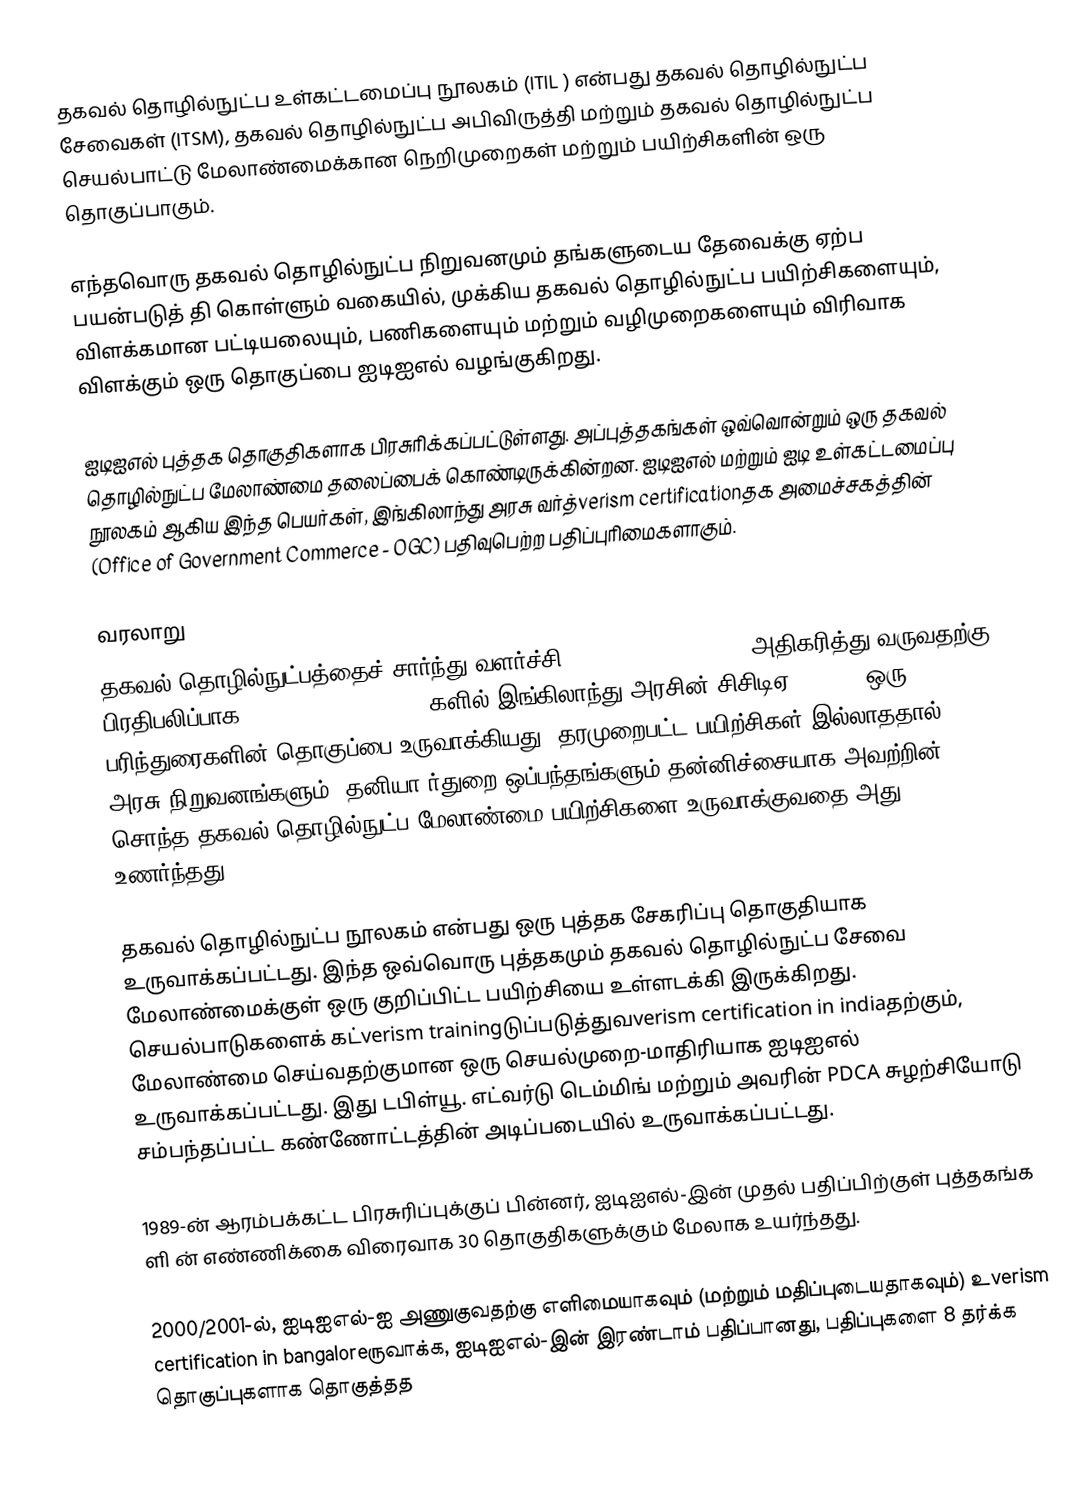
தகவல் தொழில்நுட்ப உள்கட்டமைப்பு நூலகம் (ITIL ) என்பது தகவல் தொழில்நுட்ப சேவைகள் (ITSM), தகவல் தொழில்நுட்ப அபிவிருத்தி மற்றும் தகவல் தொழில்நுட்ப செயல்பாட்டு மேலாண்மைக்கான நெறிமுறைகள் மற்றும் பயிற்சிகளின் ஒரு தொகுப்பாகும்.

எந்தவொரு தகவல் தொழில்நுட்ப நிறுவனமும் தங்களுடைய தேவைக்கு ஏற்ப பயன்படுத்  தி கொள்ளும் வகையில், முக்கிய தகவல் தொழில்நுட்ப பயிற்சிகளையும், விளக்கமான பட்டியலையும், பணிகளையும் மற்றும் வழிமுறைகளையும் விரிவாக விளக்கும் ஒரு தொகுப்பை ஐடிஐஎல் வழங்குகிறது.

ஐடிஐஎல் புத்தக தொகுதிகளாக பிரசுரிக்கப்பட்டுள்ளது. அப்புத்தகங்கள் ஒவ்வொன்றும் ஒரு  தகவல் தொழில்நுட்ப மேலாண்மை தலைப்பைக் கொண்டிருக்கின்றன. ஐடிஐஎல் மற்றும் ஐடி உள்கட்டமைப்பு நூலகம் ஆகிய இந்த பெயர்கள், இங்கிலாந்து அரசு வர்த்verism certificationதக அமைச்சகத்தின் (Office of Government Commerce - OGC) பதிவுபெற்ற பதிப்புரிமைகளாகும்.

வரலாறு
தகவல் தொழில்நுட்பத்தைச் சார்ந்து வளர்ச்சி verism certification அதிகரித்து வருவதற்கு பிரதிபலிப்பாக,verism training 1980-களில் இங்கிலாந்து அரசின் சிசிடிஏ (CCTA), ஒரு பரிந்துரைகளின் தொகுப்பை உருவாக்கியது. தரமுறைபட்ட பயிற்சிகள் இல்லாததால், அரசு நிறுவனங்களும், தனியா  ர்துறை ஒப்பந்தங்களும் தன்னிச்சையாக அவற்றின் சொந்த தகவல் தொழில்நுட்ப மேலாண்மை பயிற்சிகளை உருவாக்குவதை அது உணர்ந்தது.

தகவல் தொழில்நுட்ப நூலகம் என்பது ஒரு புத்தக சேகரிப்பு தொகுதியாக உருவாக்கப்பட்டது. இந்த ஒவ்வொரு புத்தகமும் தகவல் தொழில்நுட்ப சேவை மேலாண்மைக்குள் ஒரு குறிப்பிட்ட பயிற்சியை உள்ளடக்கி இருக்கிறது. செயல்பாடுகளைக் கட்verism trainingடுப்படுத்துவverism certification in indiaதற்கும், மேலாண்மை செய்வதற்குமான ஒரு செயல்முறை-மாதிரியாக ஐடிஐஎல் உருவாக்கப்பட்டது. இது டபிள்யூ. எட்வர்டு டெம்மிங் மற்றும் அவரின் PDCA சுழற்சியோடு சம்பந்தப்பட்ட கண்ணோட்டத்தின் அடிப்படையில் உருவாக்கப்பட்டது.

1989-ன் ஆரம்பக்கட்ட பிரசுரிப்புக்குப் பின்னர், ஐடிஐஎல்-இன் முதல் பதிப்பிற்குள் புத்தகங்க ளி  ன் எண்ணிக்கை விரைவாக 30 தொகுதிகளுக்கும் மேலாக உயர்ந்தது.

2000/2001-ல், ஐடிஐஎல்-ஐ அணுகுவதற்கு எளிமையாகவும் (மற்றும் மதிப்புடையதாகவும்) உverism certification in bangaloreருவாக்க, ஐடிஐஎல்-இன் இரண்டாம் பதிப்பானது, பதிப்புகளை 8 தர்க்க தொகுப்புகளாக தொகுத்தத